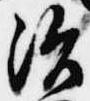
治